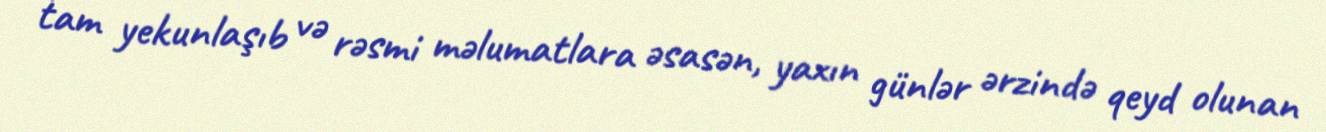
tam yekunlaşıb və rəsmi məlumatlara əsasən, yaxın günlər ərzində qeyd olunan